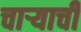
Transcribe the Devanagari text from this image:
चाऱ्याची